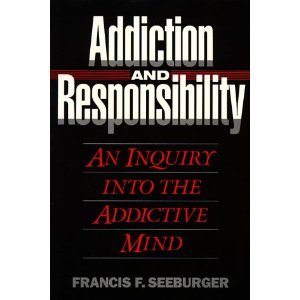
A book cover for Addiction and Responsibility: An Inquiry into the Addictive Mind (Counselling titles); Franc F. Seeburger; Health, Fitness & Dieting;